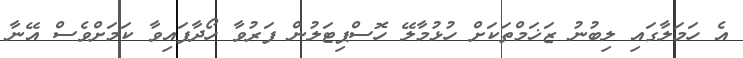
އެ ހަމަލާގައި ލިބުނު ޒަޚަމްތަކަށް ހުޅުމާލޭ ހޮސްޕިޓަލުން ފަރުވާ ހޯދާފައިވާ ކަމަށްވެސް އޭނާ